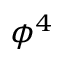
\phi ^ { 4 }